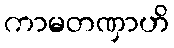
ကာမတဏှာဟိ